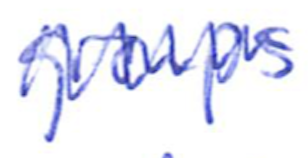
Text: groups
Cross-out: zig-zag
Writing tool: ballpoint